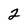
Character: 2